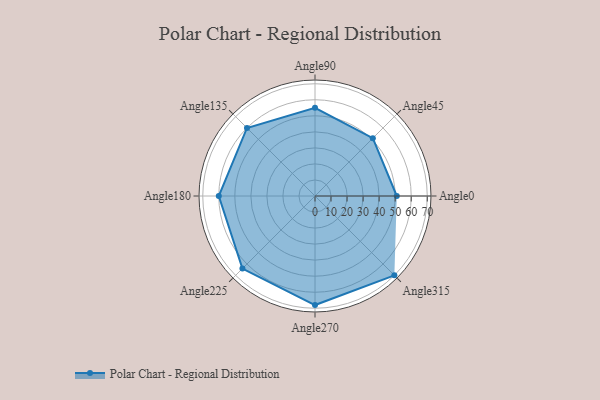
{"axis": {"x": "Angle", "y": "Radius"}, "legend": [""], "data": [{"x": "Angle0", "y": 51.0, "type": ""}, {"x": "Angle45", "y": 51.0, "type": ""}, {"x": "Angle90", "y": 55.0, "type": ""}, {"x": "Angle135", "y": 60.0, "type": ""}, {"x": "Angle180", "y": 60.0, "type": ""}, {"x": "Angle225", "y": 64.0, "type": ""}, {"x": "Angle270", "y": 68.0, "type": ""}, {"x": "Angle315", "y": 70.0, "type": ""}]}